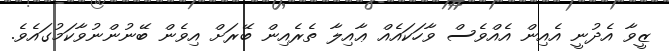
ޒީވާ އެދުނީ އެއިން އެއްވެސް ވާހަކައެއް ޢާއިލާ ތެރެއިން ބޭރަށް އިވެން ބޭނުންނުވާކަމުގައެވެ.